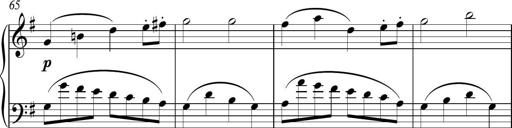
Title: Sonatina
Composer: Kemble Stout
Key: G major